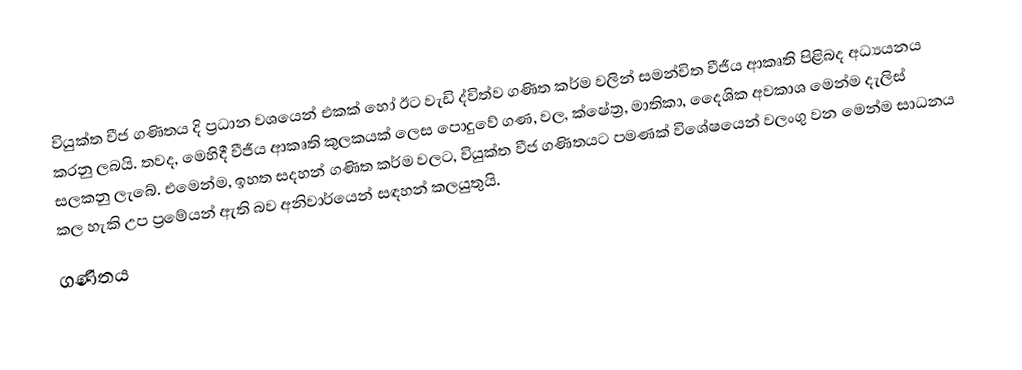
වියුක්ත වීජ ගණිතය දි ප්‍රධාන වශයෙන් එකක් හෝ ඊට වැඩි ද්විත්ව ගණිත කර්ම වලින් සමන්විත වීජීය ආකෘති පිළිබද අධ්‍යයනය කරනු ලබයි. තවද, මෙහිදී වීජීය ආකෘති කුලකයක් ලෙස පොදුවේ ගණ, වල, ක්ෂේත්‍ර, මාතිකා, දෛශික අවකාශ මෙන්ම දැලිස් සලකනු ලැබේ. එමෙන්ම, ඉහත සදහන්  ගණිත කර්ම වලට, වියුක්ත වීජ ගණිතයට පමණක් විශේෂයෙන් වලංගු වන මෙන්ම සාධනය කල හැකි උප ප්‍රමේයන් ඇති බව අනිවාර්යෙන් සඳහන් කලයුතුයි.
ගණිතය